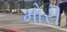
મોરી